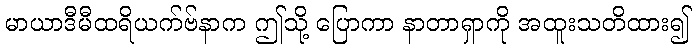
မာယာဒီမီထရိယက်ဗ်နာက ဤသို့ ပြောကာ နာတာရှာကို အထူးသတိထား၍